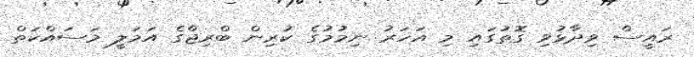
ރައީސް ވިދާޅުވި ގޮތުގައި މި އަހަރު ނިމުމުގެ ކުރިން ބްރިޖްގެ އަމަލީ މަސައްކަތް